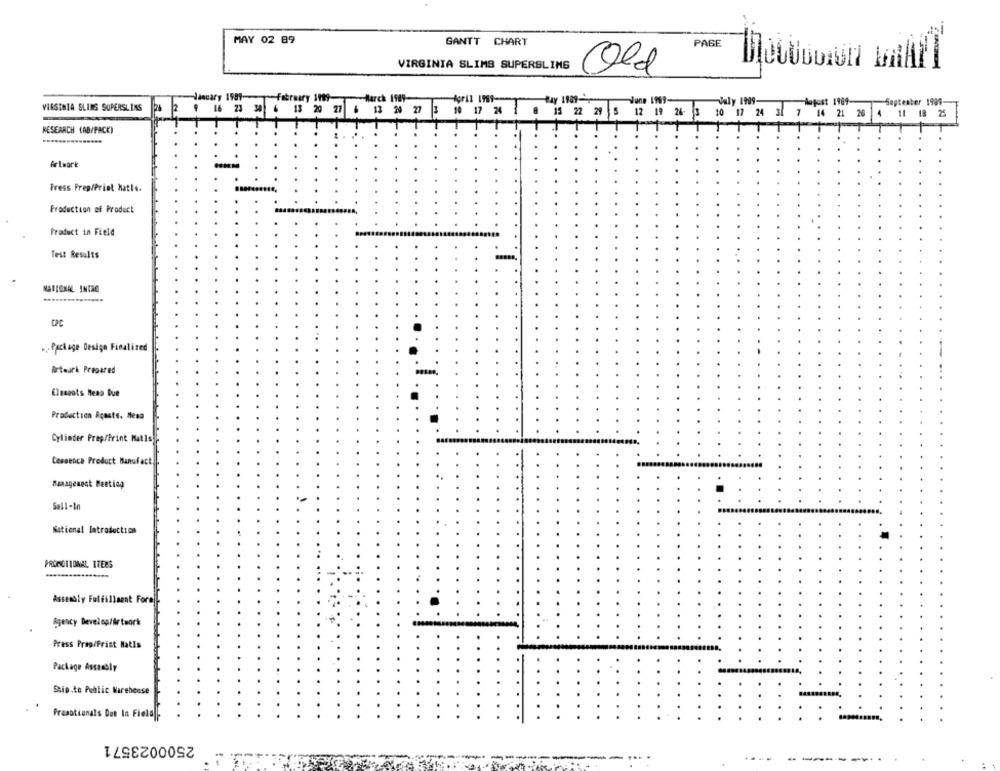
MAY 02 89
GANTT CHART
PAGE
VIRGINIA SLIMS SUPERSLING
Old
January 1989-
March 1989-
Pay 1989-
June 1999-
Valy 1999-
August 1989-
-September 1989
VIRGINIA SLING SUPERSLINS
16 23
13 20 27 6 13 20 27 3 10 17 24
15 22 29
12 19 26- 3 10 17 24 30 7 14 21 20 4 11 18 25
RESEARCH (AD/PACK)
Artwork
Fress Prep/Priot Hatle.
Froduction of Product
Product in Field
Test Results
NATIONAL INTRO
... Ppclogo Design Finalized
Arteurk Prepared
Elesgats Heap Due
Production Acoste, Mesa
Cylinder Prep/Print Hatis
Cessence Product Manufact.
Management Peeting
Sell-In
National Introductica
PROMOTIONAL ITEMS
Assembly Fulfillment Fora
Agency Develop/Artwork
Press Prep/Frist Hatls
Package Assembly
Ship.to Public Warehouse
Preactionals Det In Field
2500023571